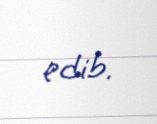
edib.